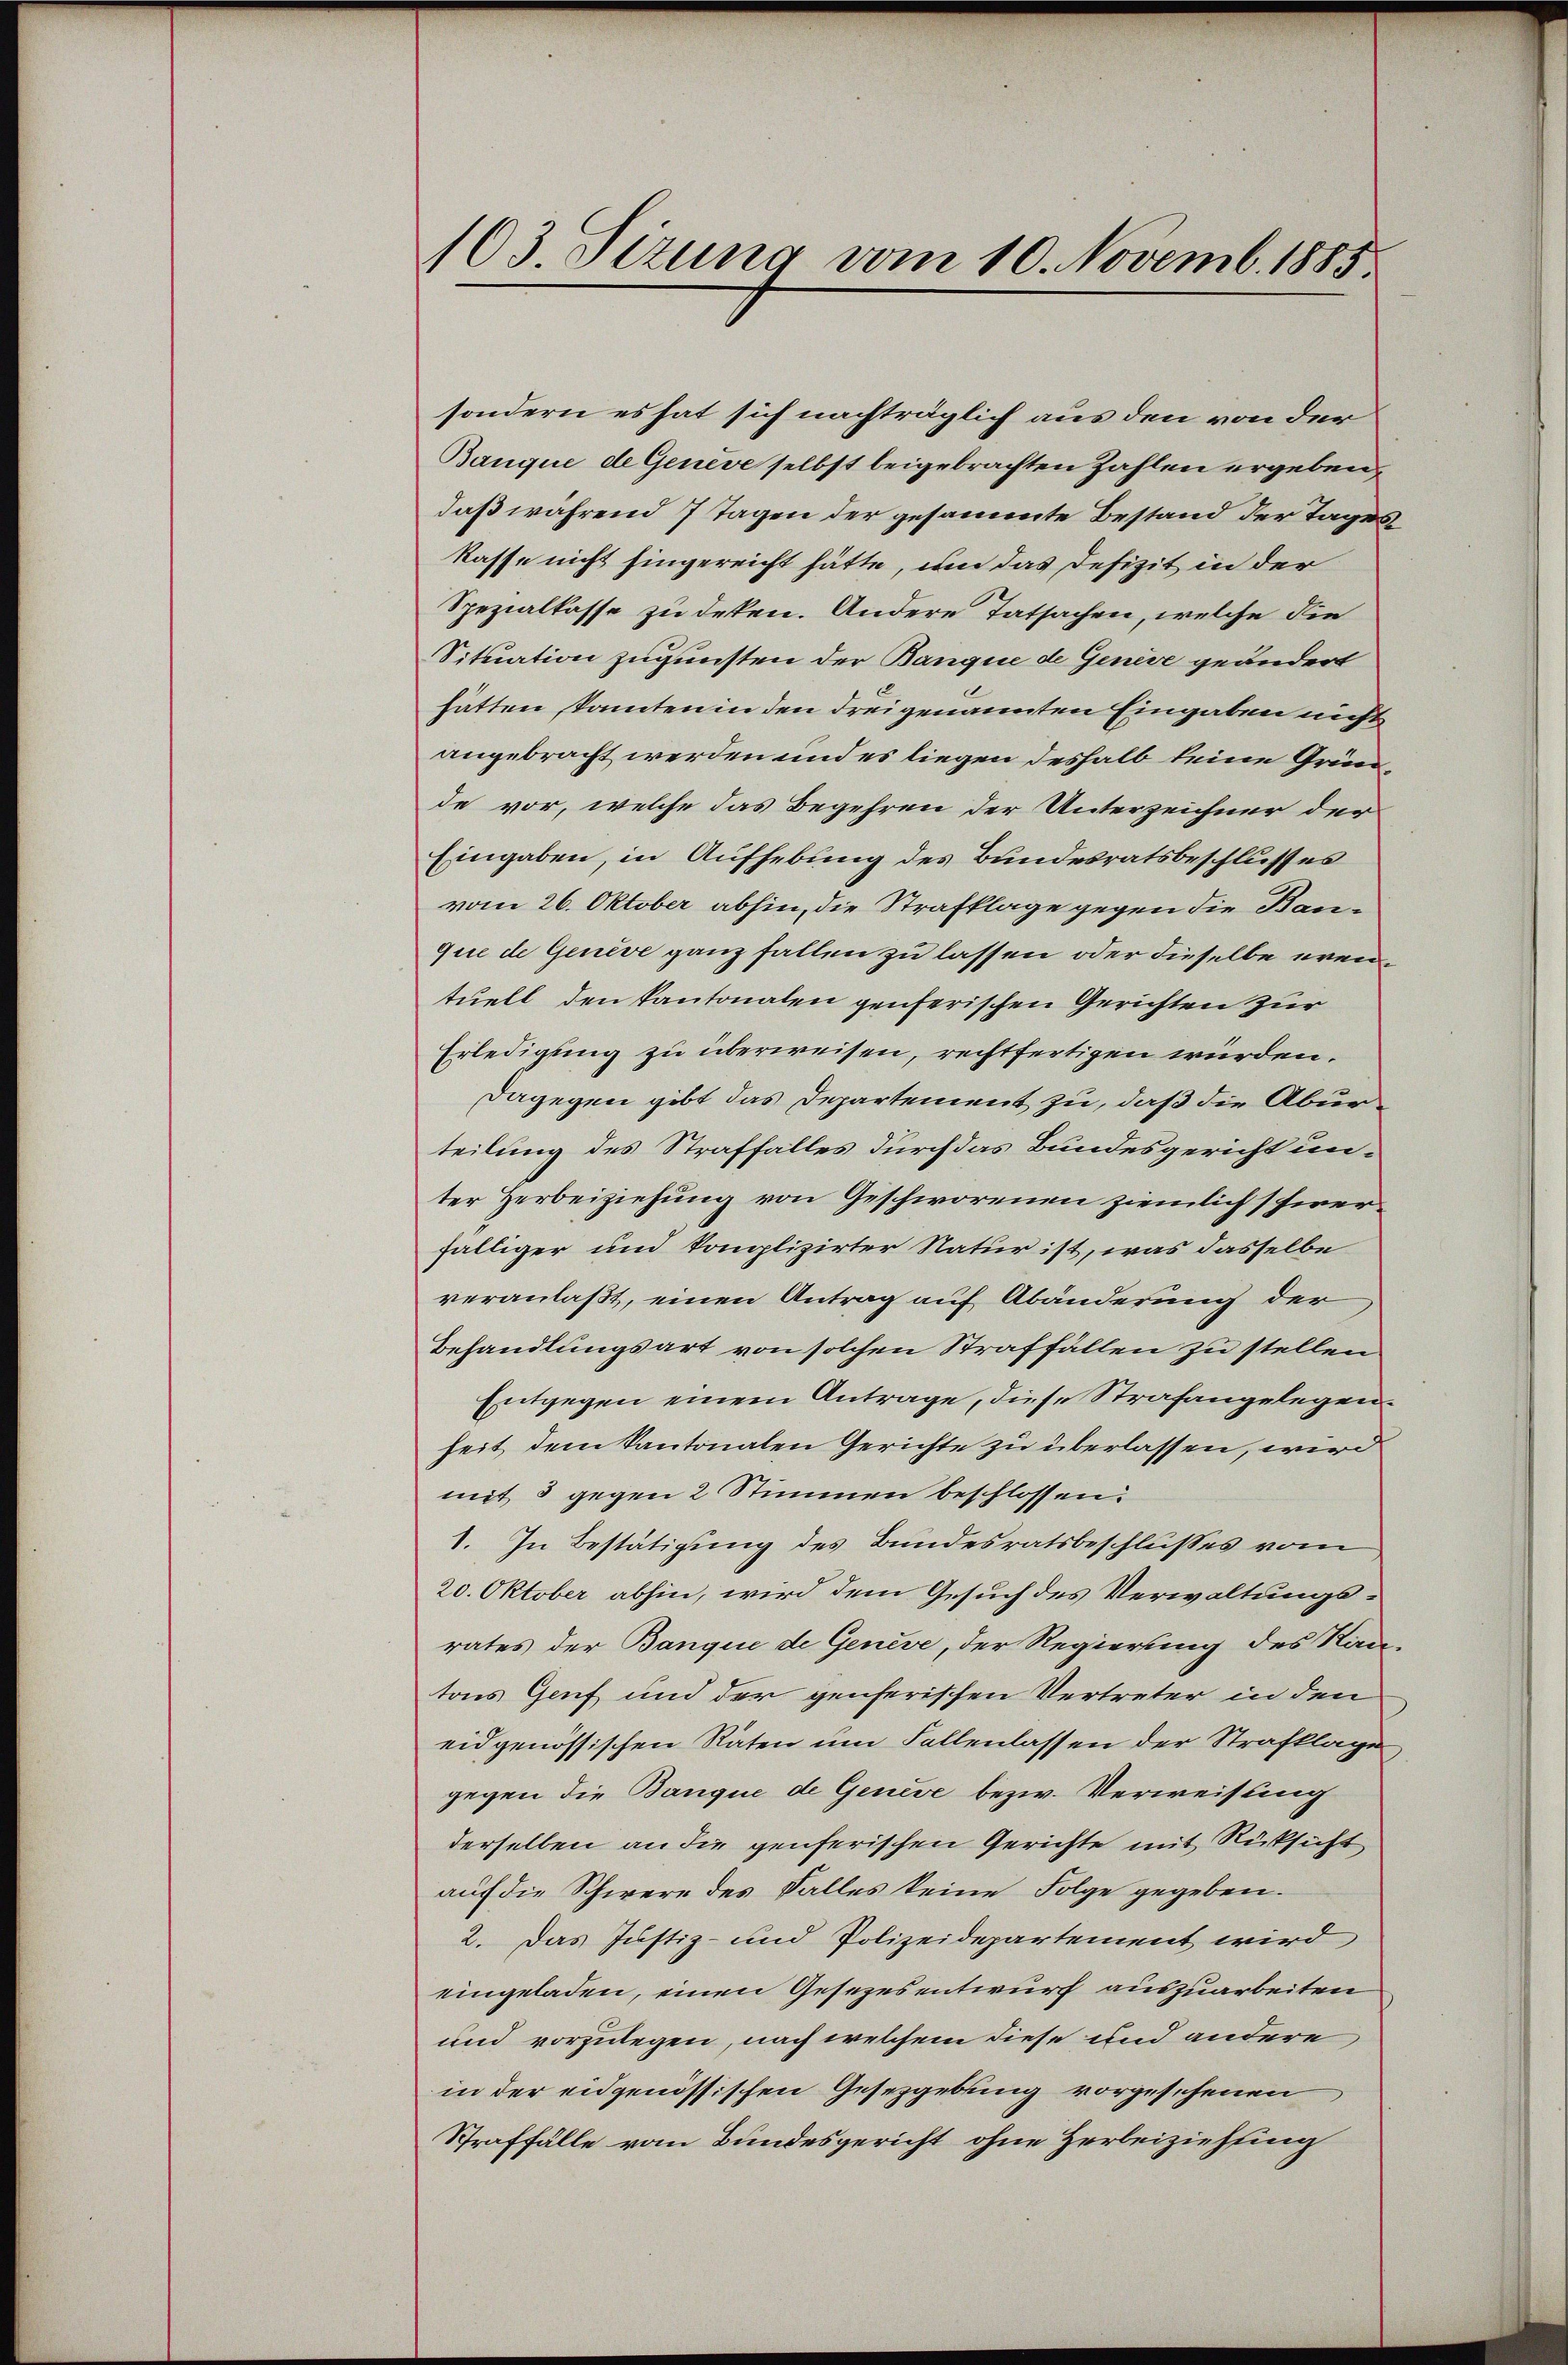
103. Sizung vom 10. Novemb. 1885

sondern es hat sich nachträglich aus den von der
Banque de Genève selbst beigebrachten Zahlen ergeben,
daß während 7 Tagen der gesammte Bestand der Tages
kasse nicht hingereicht hätte, um das Defizit in der
Spezialkasse zu deken. Andere Tatsachen, welche die
Situation zugunsten der Banque de Genève geändert
hätten, kanten in den drei genannten Eingaben nicht
angebracht werden und es liegen deshalb keine Gründe vor, welche das Begehren der Unterzeichner der
Eingaben, in Aufhebung des Bundesratsbeschlusses
vom 26. Oktober abhin, die Strafklage gegen die Bauque de Genève ganz fallen zu lassen oder dieselbe erentuell den kantonalen genferischen Gerichten zur
Erledigung zu überweisen, rechtfertigen würden.
dagegen gibt das Departement zu, daß die Aburteilung des Straffalles durch das Bundesgericht un-
ter Herbeiziehung von Geschworenen ziemlich schwerfälliger und komplizirter Natur ist, was dasselbe
veranlaßt, einen Antrag auf Abänderung der
Behandlungsart von solchen Straffällen zu stellen
Entgegen einem Antrage, diese Strafangelegen.
heit dem Kantonalen Gerichte zu überlassen, wird
mit 3 gegen 2 Stimmen beschlossen:
1. In Bestätigung des Bundesratsbeschlußes vom
20. Oktober abhin, wird dem Gesuch des Verwaltungsrates der Banque de Geneve, der Regierung des Kan-
tons Genf und der genferischen Vertreter in den
eidgenössischen Räten um Fallenlassen der Strafklage
gegen die Banque de Geneve bezw. Verweisung
derselben an die genferischen Gerichte mit Rücksicht
auf die Schwere des Falles keine Folge gegeben.
2. Das Justiz- und Polizeidepartement wird
eingeladen, einen Gesezesentwurf auszuarbeiten
und vorzulegen, nach welchem diese und andere
in der eidgenössischen Gesetzgebung vorgesehenen
Straffälle vom Bundesgericht ohne Herbeiziehung